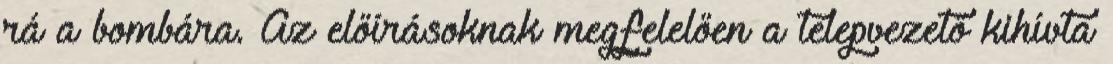
rá a bombára. Az előírásoknak megfelelően a telepvezető kihívta